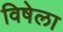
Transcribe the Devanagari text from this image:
विषेला